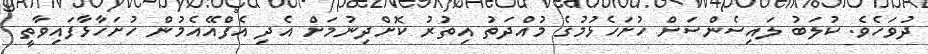
ދުވަހެވެ. ކުލަބު ލައިސެންސަށް ހުށަހެޅުމުގެ މުއްދަތު އިތުރު ކޮށްދިނުމަށް އެދި އެފްއޭއެމުން ހުށަހާޅާފައިވާތީ